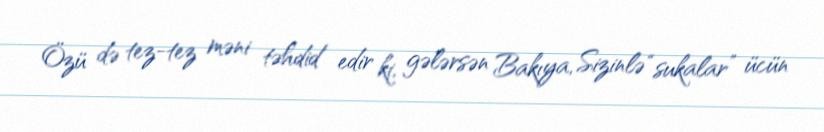
Özü də tez-tez məni təhdid edir ki, gələrsən Bakıya, Sizinlə “sukalar” ücün